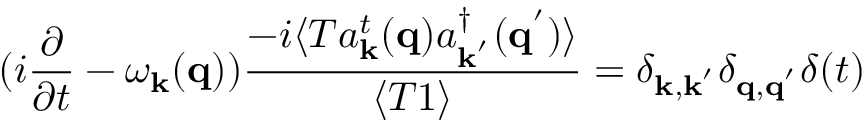
( i \frac { \partial } { \partial t } - \omega _ { { \bf { k } } } ( { \bf { q } } ) ) \frac { - i \langle T a _ { { \bf { k } } } ^ { t } ( { \bf { q } } ) a _ { { \bf { k } } ^ { ' } } ^ { \dagger } ( { \bf { q } } ^ { ' } ) \rangle } { \langle T 1 \rangle } = \delta _ { { \bf { k } } , { \bf { k } } ^ { ' } } \delta _ { { \bf { q } } , { \bf { q } } ^ { ' } } \delta ( t )